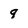
Character: 9